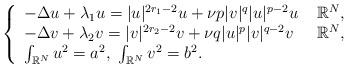
LaTeX: \begin{align*}\aligned\left\{ \begin{array}{lll}-\Delta u+\lambda_1u=|u|^{2r_1-2}u+\nu p|v|^q|u|^{p-2}u\ & \mathbb{R}^N,\\-\Delta v+\lambda_2v=|v|^{2r_2-2}v+\nu q|u|^p|v|^{q-2}v\ & \mathbb{R}^N,\\\int_{\mathbb{R}^N}u^2=a^2,\ \int_{\mathbb{R}^N}v^2=b^2.\end{array}\right.\endaligned\end{align*}